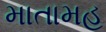
માતામહ